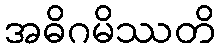
အဓိဂမိဿတိ